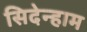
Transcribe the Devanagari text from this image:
सिदेन्हाम